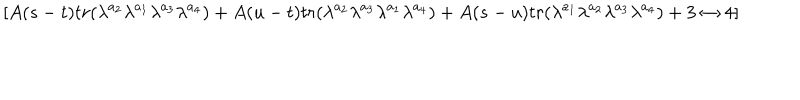
[ A ( s - t ) t r ( \lambda ^ { a _ { 2 } } \lambda ^ { a _ { 1 } } \lambda ^ { a _ { 3 } } \lambda ^ { a _ { 4 } } ) + A ( u - t ) t r ( \lambda ^ { a _ { 2 } } \lambda ^ { a _ { 3 } } \lambda ^ { a _ { 1 } } \lambda ^ { a _ { 4 } } ) + A ( s - u ) t r ( \lambda ^ { a _ { 1 } } \lambda ^ { a _ { 2 } } \lambda ^ { a _ { 3 } } \lambda ^ { a _ { 4 } } ) + 3 \leftrightarrow 4 ]